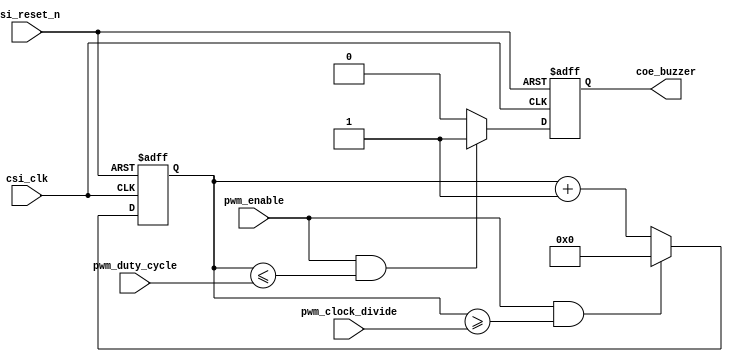
//---------------------------------------------------------------------------
//-- 		:	zircon_avalon_buzzer_logic.v
//-- 		:	IP
//-- 	:	2014-1-1
//-- 		:	Zircon Opto-Electronic Technology CO.,Ltd.
//---------------------------------------------------------------------------
module zircon_avalon_buzzer_logic
(
	//
	csi_clk,rsi_reset_n,
	//
	pwm_enable,pwm_clock_divide,pwm_duty_cycle,
	//
	coe_buzzer
);

//Inputs
input		 				csi_clk;					//
input 					rsi_reset_n;			//
input 		[31:0] 	pwm_clock_divide;		//
input 		[31:0] 	pwm_duty_cycle;		//
input 					pwm_enable;				//
output reg 				coe_buzzer;				//
reg 						coe_buzzer_n;			//coe_buzzer
reg 			[31:0] 	counter;					//
reg			[31:0] 	counter_n;				//counter

//,
always @ (posedge csi_clk or negedge rsi_reset_n)
begin
	if(!rsi_reset_n)								//
		counter <= 1'b0;							//
	else
		counter <= counter_n;					//
end

//
always @ (*)
begin
	if((pwm_enable) && (counter >= pwm_clock_divide))
		counter_n = 1'b0;							//,
	else
		counter_n = counter + 1;				//1
end	

//,
always @ (posedge csi_clk or negedge rsi_reset_n)
begin
	if(!rsi_reset_n)								//
		coe_buzzer <= 1'b0;						//
	else
		coe_buzzer <= coe_buzzer_n;			//
end

//
always @ (*)
begin
	if((pwm_enable) && (counter <= pwm_duty_cycle))	
		coe_buzzer_n = 1'b1;						//,1
	else
		coe_buzzer_n = 1'b0;						//0
end	

endmodule